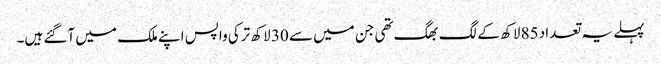
پہلے یہ تعداد 85 لاکھ کے لگ بھگ تھی جن میں سے 30 لاکھ ترکی واپس اپنے ملک میں آگئے ہیں۔